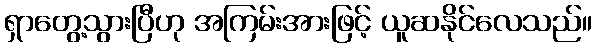
ရှာတွေ့သွားပြီဟု အကြမ်းအားဖြင့် ယူဆနိုင်လေသည်။